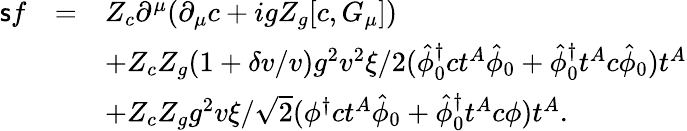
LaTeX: \begin{array}{rcl}{{{\sf s}f}}&{{=}}&{{Z_{c}\partial^{\mu}(\partial_{\mu}c+igZ_{g}[c,G_{\mu}])}}\\ {{}}&{{}}&{{+Z_{c}Z_{g}(1+\delta v/v)g^{2}v^{2}\xi/2(\hat{\phi}_{0}^{\dagger}ct^{A}\hat{\phi}_{0}+\hat{\phi}_{0}^{\dagger}t^{A}c\hat{\phi}_{0})t^{A}}}\\ {{}}&{{}}&{{+Z_{c}Z_{g}g^{2}v\xi/\sqrt{2}(\phi^{\dagger}ct^{A}\hat{\phi}_{0}+\hat{\phi}_{0}^{\dagger}t^{A}c\phi)t^{A}.}}\end{array}